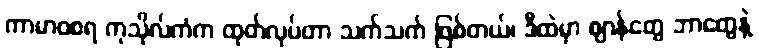
ကာမာဝစရ ကုသိုလ်ကံက ထုတ်လုပ်တာ သက်သက် ဖြစ်တယ်၊ ဒီထဲမှာ ဈာန်တွေ ဘာတွေနဲ့